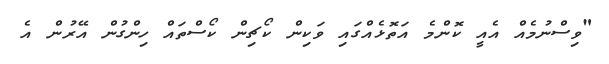
"ވިސްނުމެއް އެއީ ކޮންމެ އަތޮޅެއްގައި ވަކިން ކޯޗިން ކޯސްތައް ހިންގުން އޭރުން އެ